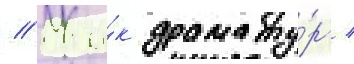
// Ка́к драмату́рг /